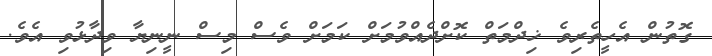
ގޮތުން އެހީތެރިވެ ޚިދްމަތް ކޮށްދެއްވުމަށް ކަމަށް ވެސް މިސް ނީނިޔާ ވިދާޅުވި އެވެ.